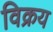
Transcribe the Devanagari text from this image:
विक्रय